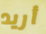
أريد